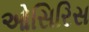
ઓસિરિસ